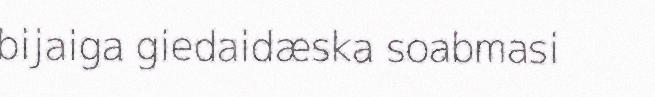
bijaiga giedaidæska soabmasi